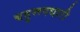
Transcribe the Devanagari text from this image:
बहुरूपधारी